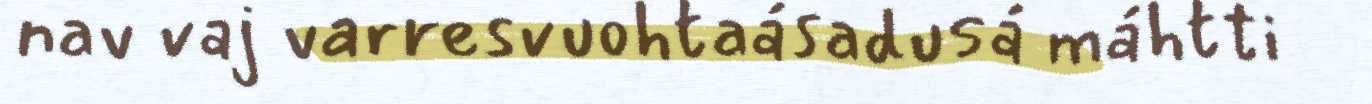
nav vaj varresvuohtaásadusá máhtti